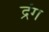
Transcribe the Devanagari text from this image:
द्रंग